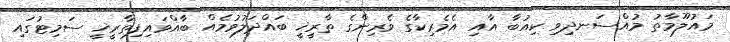
މައުލޫމާތު މުއްސަނދިވި ކިއުބާ އާއި އެމެރިކާގެ ވެރިންގެ ތާރީޚީ ބައްދަލުވުމެއް ބާއްވައިފިތާރީޚީ ސަމިޓުގައި